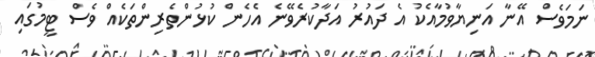
ނަމަވެސް އޭނާ އަނިޔާވުމާއެކު އެ ދައުރު އަދާކުރެވޭނެ އެހެން ކުޅުންތެރިންތަކެއް ވެސް ޓީމުގައި